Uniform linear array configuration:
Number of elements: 12
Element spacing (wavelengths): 0.75
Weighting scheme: hann
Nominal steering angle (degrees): -15
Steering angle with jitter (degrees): -16.897
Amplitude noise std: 0.05
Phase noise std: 0.05

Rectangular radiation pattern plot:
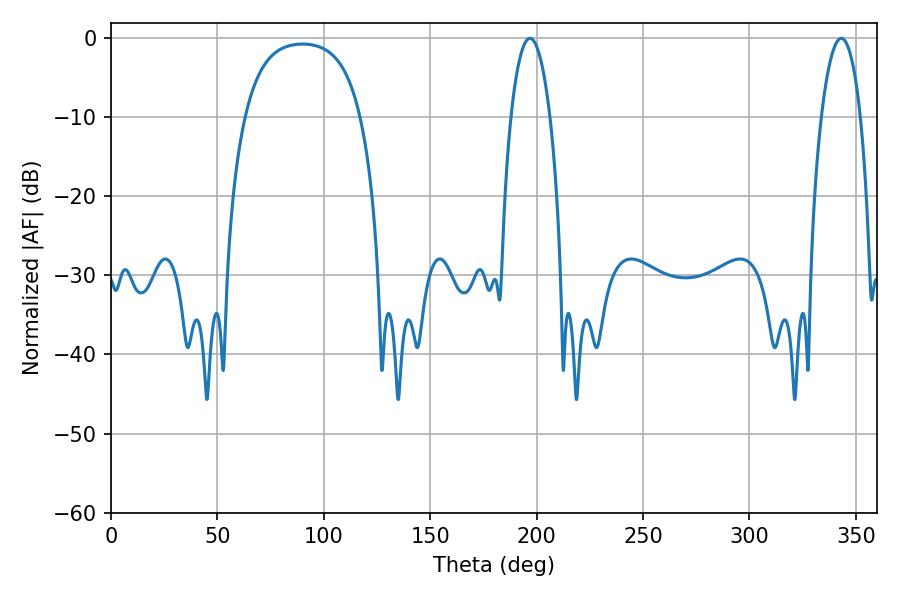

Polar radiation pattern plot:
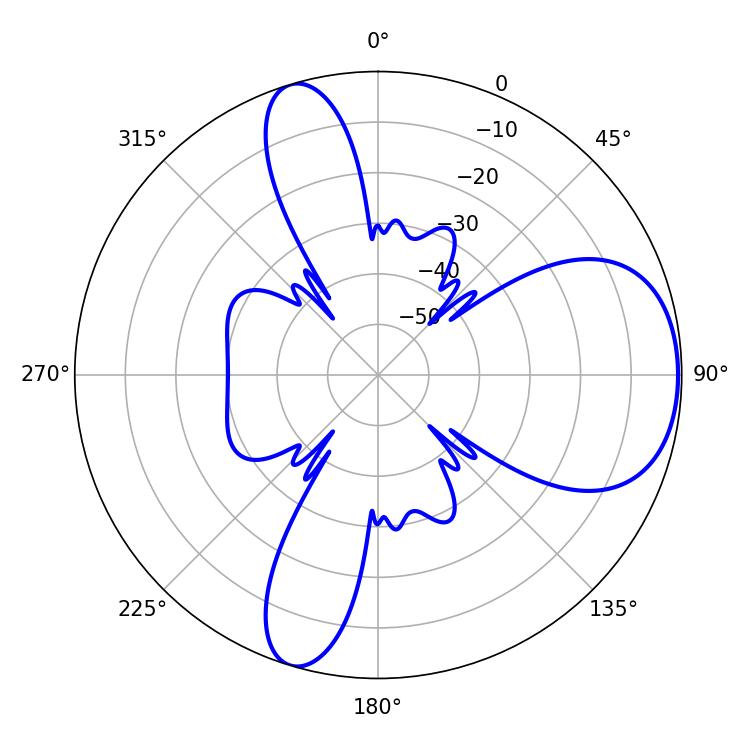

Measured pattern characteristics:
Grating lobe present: TRUE
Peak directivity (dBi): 6.77
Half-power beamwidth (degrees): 10.44
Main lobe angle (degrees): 196.92